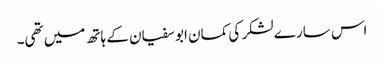
اس سارے لشکر کی کمان ابو سفیان کے ہاتھ میں تھی۔